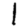
Digit: 1